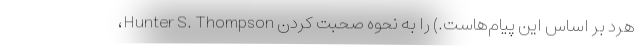
هرد بر اساس این پیام‌هاست.) را به نحوه صحبت کردن Hunter S. Thompson،